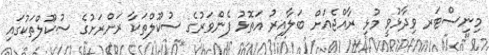
މިނިސްޓަރ ވިދާޅުވީ މުޅި ރާއްޖެއަށް ބަލާއިރު އަތޮޅު ފެންވަރުގެ ސުކޫލްތަކާ ރަށްރަށުގެ ސުކޫލްތަކުގައި